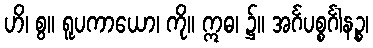
ဟိ၊ စွ။ ရူပကာယော၊ ကို။ ဣဓ၊ ၌။ အင်္ဂပစ္စင်္ဂါနဉ္စ၊